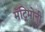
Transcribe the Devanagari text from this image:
मॅट्रिमोनी